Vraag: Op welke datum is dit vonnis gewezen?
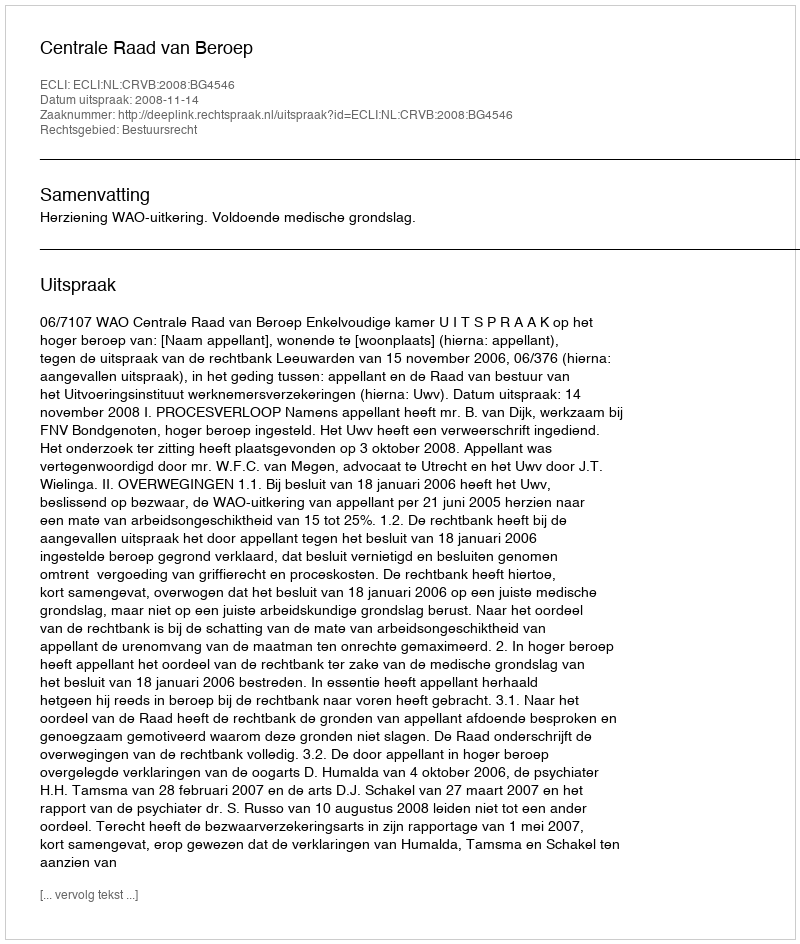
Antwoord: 2008-11-14